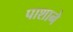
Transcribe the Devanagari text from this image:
पाशाने